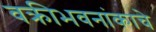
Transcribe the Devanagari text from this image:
वक्रीभवनांकाचे